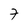
Character: 7